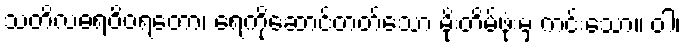
သတိလဓရဝိဝရတော၊ ရေကိုဆောင်တတ်သော မိုးတိမ်ဖုံးမှ ကင်းသော။ ဝါ၊